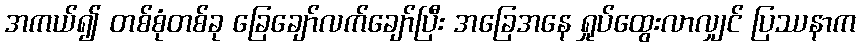
အကယ်၍ တစ်စုံတစ်ခု ခြေချော်လက်ချော်ပြီး အခြေအနေ ရှုပ်ထွေးလာလျှင် ပြဿနာက